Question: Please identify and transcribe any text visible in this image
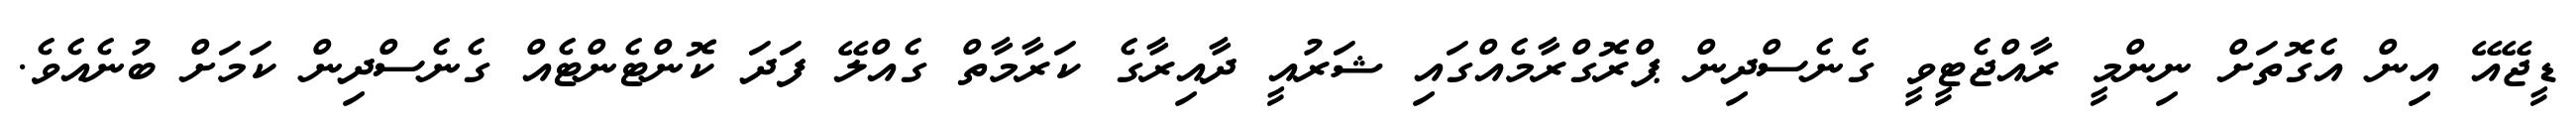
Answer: ޑީޖޭއޭ އިން އެގޮތަށް ނިންމީ ރާއްޖެޓީވީ ގެނެސްދިން ޕްރޮގްރާމެއްގައި ޝަރުއީ ދާއިރާގެ ކަރާމާތް ގެއްލޭ ފަދަ ކޮންޓެންޓެއް ގެނެސްދިން ކަމަށް ބުނެއެވެ.